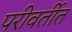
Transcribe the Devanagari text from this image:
परीवर्तीत